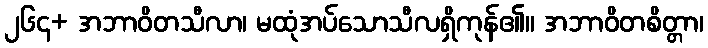
၂၆၄+ အဘာဝိတသီလာ၊ မထုံအပ်သောသီလရှိကုန်၏။ အဘာဝိတစိတ္တာ၊